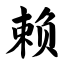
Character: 赖